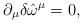
LaTeX: \begin{align*}\partial_{\mu } \delta \hat{\omega}^{\mu} = 0,\end{align*}